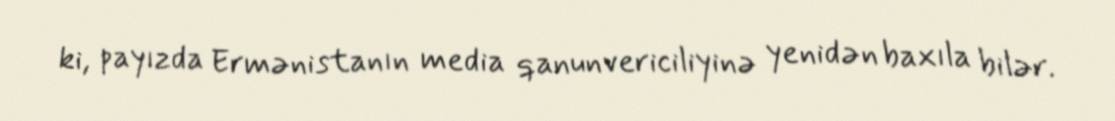
ki, payızda Ermənistanın media qanunvericiliyinə yenidən baxıla bilər.